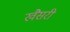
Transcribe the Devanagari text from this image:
खैसरी